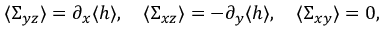
\langle \Sigma _ { y z } \rangle = \partial _ { x } \langle h \rangle , \quad \langle \Sigma _ { x z } \rangle = - \partial _ { y } \langle h \rangle , \quad \langle \Sigma _ { x y } \rangle = 0 ,